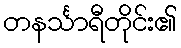
တနင်္သာရီတိုင်း၏